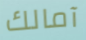
آمالك